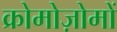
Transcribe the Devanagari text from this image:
क्रोमोज़ोमों